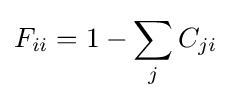
F_{ii}=1-\sum _{j}C_{ji}